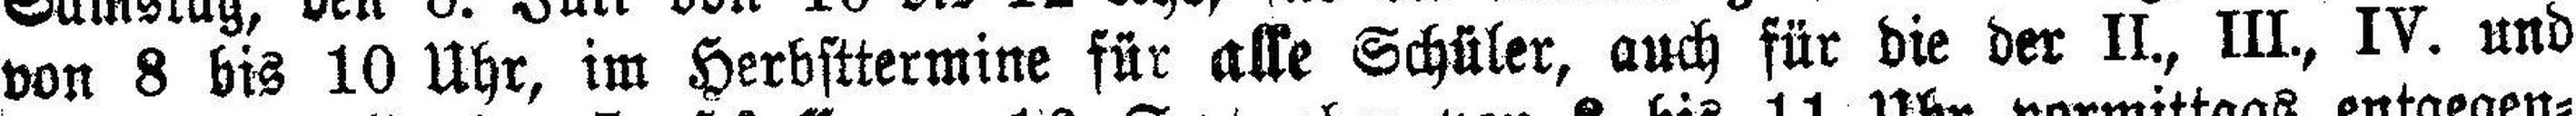
von 8 bis 10 Uhr, im Herbsttermine für alle Schüler, auch für die der II., III., IV. und